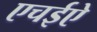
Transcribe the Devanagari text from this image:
एचईऐ